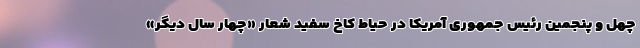
چهل و پنجمین رئیس جمهوری آمریکا در حیاط کاخ سفید شعار «چهار سال دیگر»